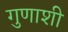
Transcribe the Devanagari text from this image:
गुणाशी